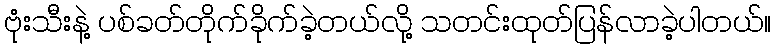
ဗုံးသီးနဲ့ ပစ်ခတ်တိုက်ခိုက်ခဲ့တယ်လို့ သတင်းထုတ်ပြန်လာခဲ့ပါတယ်။